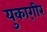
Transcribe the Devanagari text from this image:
युकाग़ीर